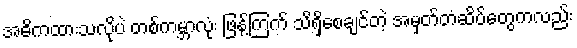
အဓိကထားသလိုပဲ တစ်ကမ္ဘာလုံး ဖြန့်ကြက် သိရှိစေချင်တဲ့ အမှတ်တံဆိပ်တွေကလည်း